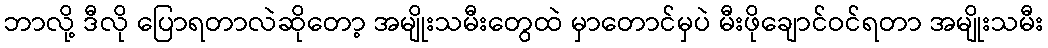
ဘာလို့ ဒီလို ပြောရတာလဲဆိုတော့ အမျိုးသမီးတွေထဲ မှာတောင်မှပဲ မီးဖိုချောင်ဝင်ရတာ အမျိုးသမီး